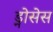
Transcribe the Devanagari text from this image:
ड्नोसेस